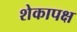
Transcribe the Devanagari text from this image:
शेकापक्ष